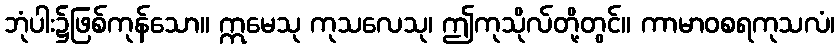
ဘုံပါး၌ဖြစ်ကုန်သော။ ဣမေသု ကုသလေသု၊ ဤကုသိုလ်တို့တွင်။ ကာမာဝစရကုသလံ၊